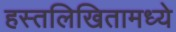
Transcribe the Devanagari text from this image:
हस्तलिखितामध्ये